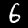
Digit: 6